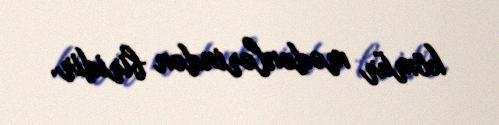
kömür mədənlərindən biridir.